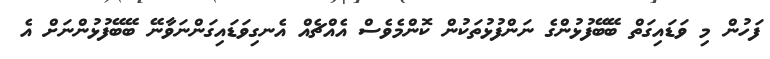
ފަހުން މި ވަޑައިގަތް ބޭބޭފުޅުންގެ ނަންފުޅުތަކުން ކޮންމެވެސް އެއްޗެއް އެނގިވަޑައިގަންނަވާނޭ ބޭބޭފުޅުންނަށް އެ